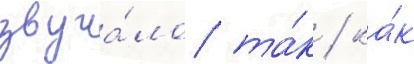
звуча́ло та́к / ка́к